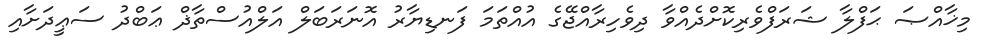
މިޚާއްޞަ ޙަފްލާ ޝަރަފްވެރިކޮށްދެއްވާ ދިވެހިރާއްޖޭގެ އުއްތަމަ ފަނޑިޔާރު އޮނަރަބަލް އަލްއުސްތާޛް ޢަބްދު ސަޢީދަށާއި